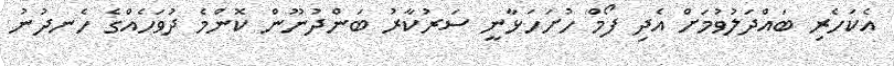
އެކަހެރި ބައްދަލުވުމަށް އެދި ފޯމް ހުށަހަޅާނީ ސަރުކާރު ބަންދުނޫން ކޮންމެ ދުވަހެއްގެ ހެނދުނު